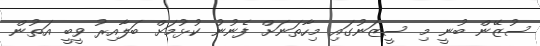
ސުޒޭން ބުނީ މި ސީޒަނުގައި މިހާތަނަށް ފެނުނު ކުޅުމަށް ބަލާއިރު ވީބީ އަތުން